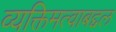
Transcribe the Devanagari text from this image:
व्यक्तिमत्वाबद्दल